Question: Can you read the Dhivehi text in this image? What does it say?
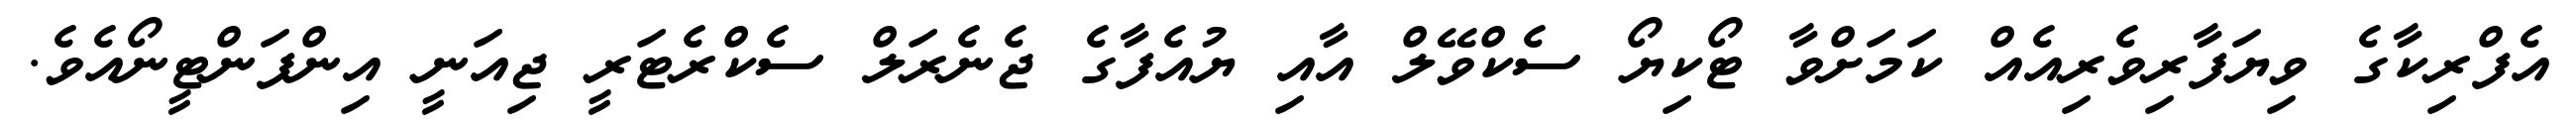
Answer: އެފްރިކާގެ ވިޔަފާރިވެރިއެއް ކަމަށްވާ ޓޯކިޔޯ ސެކްވޭލް އާއި ޔުއެފާގެ ޖެނެރަލް ސެކްރެޓަރީ ޖިއަނީ އިންފަންޓީނޯއެވެ.